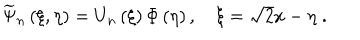
\widetilde { \Psi } _ { n } \left( \xi , \eta \right) = U _ { n } \left( \xi \right) \Phi \left( \eta \right) , \quad \xi = \sqrt { 2 } x - \eta \; .